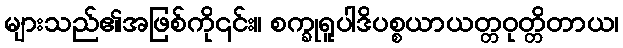
များသည်၏အဖြစ်ကို၎င်း။ စက္ခုရူပါဒိပစ္စယာယတ္တဝုတ္တိတာယ၊